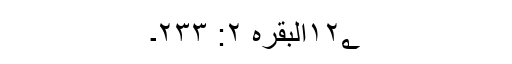
۱۲؂البقرہ ۲: ۲۳۳۔